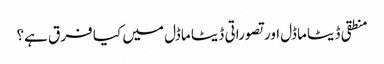
منطقی ڈیٹا ماڈل اور تصوراتی ڈیٹا ماڈل میں کیا فرق ہے؟